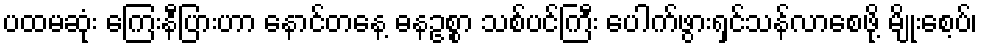
ပထမဆုံး ကြေးနီပြားဟာ နောင်တနေ့ ဓနဥစ္စာ သစ်ပင်ကြီး ပေါက်ဖွားရှင်သန်လာစေဖို့ မျိုးစေ့ပ်၊